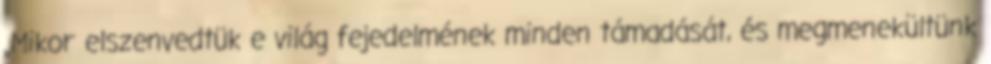
„Mikor elszenvedtük e világ fejedelmének minden támadását, és megmenekültünk